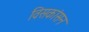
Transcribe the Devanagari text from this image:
विसकांसन